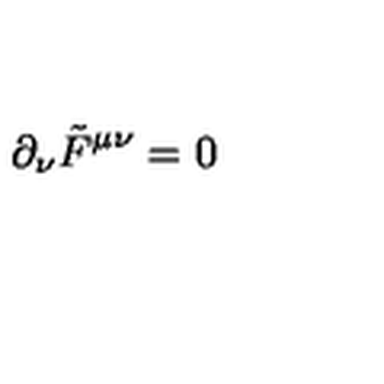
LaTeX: \partial _ { \nu } \tilde { F } ^ { \mu \nu } = 0